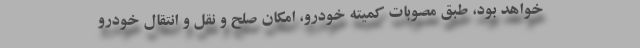
خواهد بود، طبق مصوبات کمیته خودرو، امکان صلح و نقل و انتقال خودرو